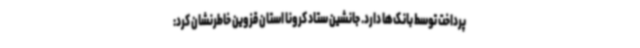
پرداخت توسط بانک‌ها دارد. جانشین ستاد کرونا استان قزوین خاطرنشان کرد: